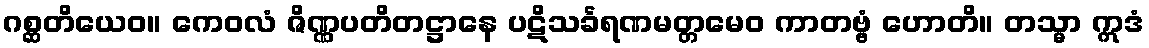
ဂစ္ဆတိယေဝ။ ကေဝလံ ဇိဏ္ဏပတိတဋ္ဌာနေ ပဋိသင်္ခရဏမတ္တမေဝ ကာတဗ္ဗံ ဟောတိ။ တသ္မာ ဣဒံ